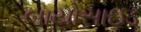
બાયોસાઇડ